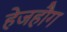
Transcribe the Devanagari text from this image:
हेजहौग